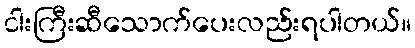
ငါးကြီးဆီသောက်ပေးလည်းရပါတယ်။